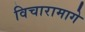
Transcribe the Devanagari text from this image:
विचारामागे